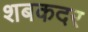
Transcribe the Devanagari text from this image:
शबकदर